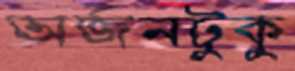
অর্জনটুকু